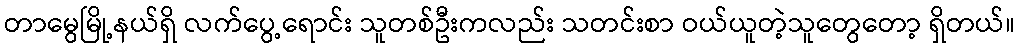
တာမွေမြို့နယ်ရှိ လက်ပွေ့ရောင်း သူတစ်ဦးကလည်း သတင်းစာ ဝယ်ယူတဲ့သူတွေတော့ ရှိတယ်။